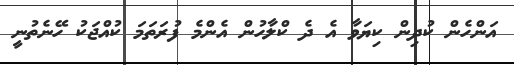
އަންހެން ކުދިން ކިޔަވާ އެ ދެ ކްލާހުން އެންމެ ފުރަތަމަ ކުއްޖަކު ހޭނެތުނީ